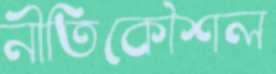
নীতিকৌশল